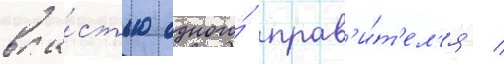
вла́стью одного́ прав'и́т'ел'я /